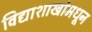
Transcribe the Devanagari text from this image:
विद्याशाखांमधून